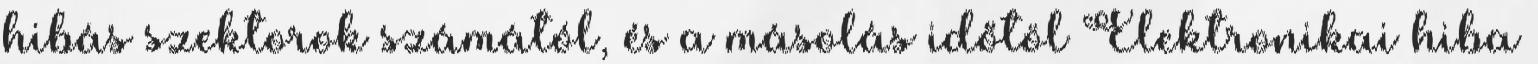
hibás szektorok számától, és a másolás időtöl Elektronikai hiba